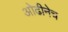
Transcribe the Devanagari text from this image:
ओढीनेच